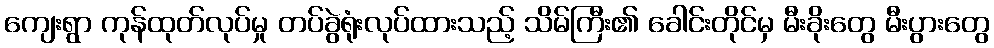
ကျေးရွာ ကုန်ထုတ်လုပ်မှု တပ်ခွဲရုံးလုပ်ထားသည့် သိမ်ကြီး၏ ခေါင်းတိုင်မှ မီးခိုးတွေ မီးပွားတွေ